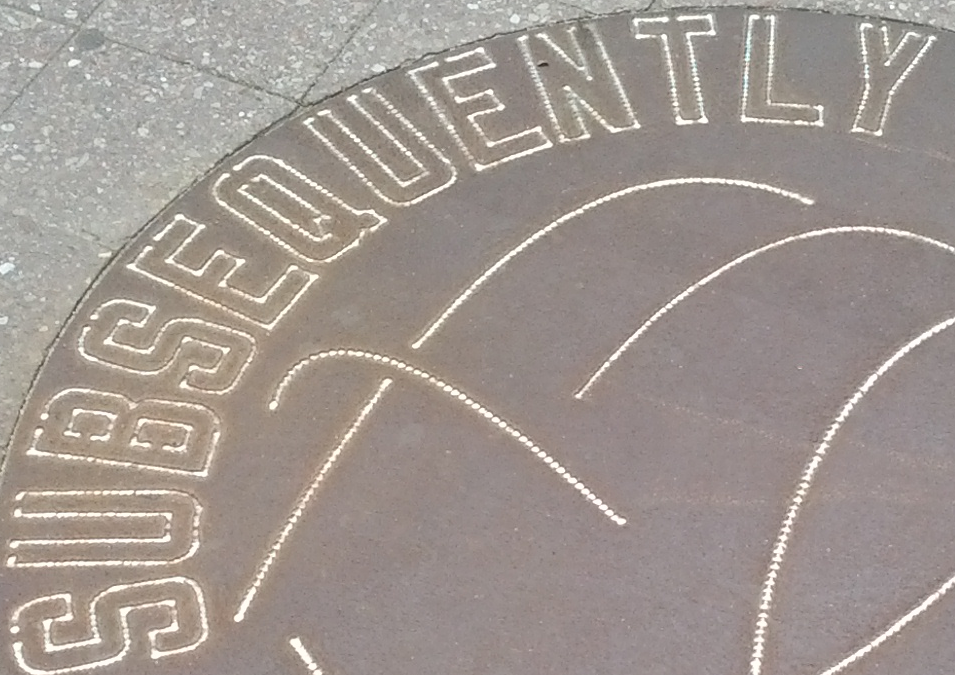
SUBSEQUENTLY